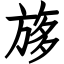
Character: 𣃽